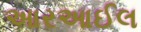
આરઆઈલ